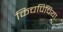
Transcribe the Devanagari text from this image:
किचपिचिया